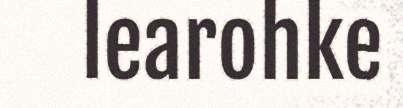
learohke